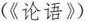
(《论语》)